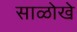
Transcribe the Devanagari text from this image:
साळोखे